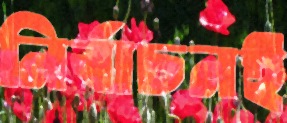
নির্বাচনই